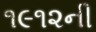
૧૯૧૨ની